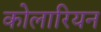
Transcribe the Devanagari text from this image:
कोलारियन